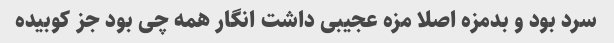
سرد بود و بدمزه اصلا مزه عجیبی داشت انگار همه چی بود جز کوبیده